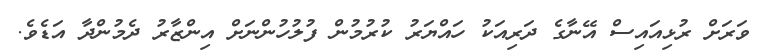
ވަރަށް ރުޅިއައިސް އޭނާގެ ދަރިއަކު ހައްޔަރު ކުރުމުން ފުލުހުންނަށް އިންޒާރު ދެމުންދާ އަޑެވެ.